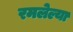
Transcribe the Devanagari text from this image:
रमलेल्या